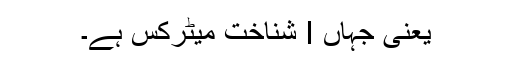
یعنی جہاں I شناخت میٹرکس ہے۔